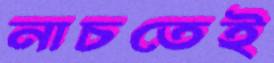
নাচতেই